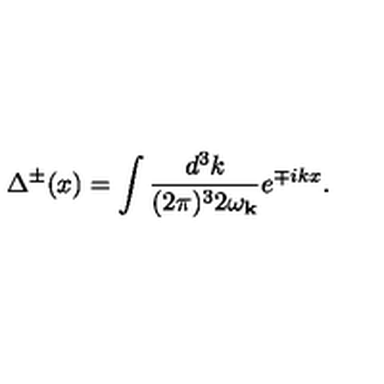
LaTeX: \Delta ^ { \pm } ( x ) = \int \frac { d ^ { 3 } k } { ( 2 \pi ) ^ { 3 } 2 \omega _ { { \bf k } } } e ^ { \mp i k x } .